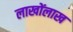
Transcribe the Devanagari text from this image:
लाखोंलाख